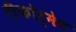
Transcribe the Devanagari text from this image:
रीफोर्मेट